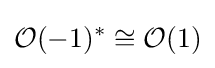
{\mathcal {O}}(-1)^{*}\cong {\mathcal {O}}(1)